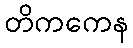
တိကကေန